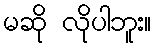
မဆို လိုပါဘူး။